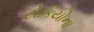
ટોકિયોના